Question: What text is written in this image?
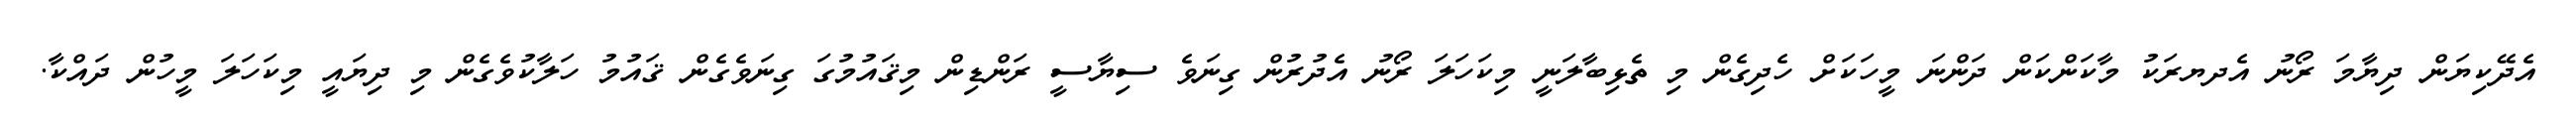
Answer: އެދޭކިޔަން ދިޔާމަ ރޯނު އެދޔރަކު މާކަންކަން ދަންނަ މީހަކަށް ހެދިގެން މި ތެޅިބާލަނީ މިކަހަލަ ރޯނު އެދުރުން ގިނަވެ ސިޔާސީ ރަންޑިން މިޤައުމުގަ ގިނަވެގެން ޤައުމު ހަލާކުވެގެން މި ދިޔައީ މިކަހަލަ މީހުން ދައްކާ.